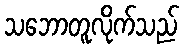
သဘောတူလိုက်သည်